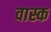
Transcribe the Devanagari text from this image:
वास्क